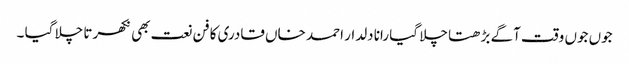
جوں جوں وقت آگے بڑھتا چلا گیا رانا دلدار احمد خاں قادری کا فن نعت بھی نکھرتا چلا گیا ۔